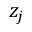
z _ { j }